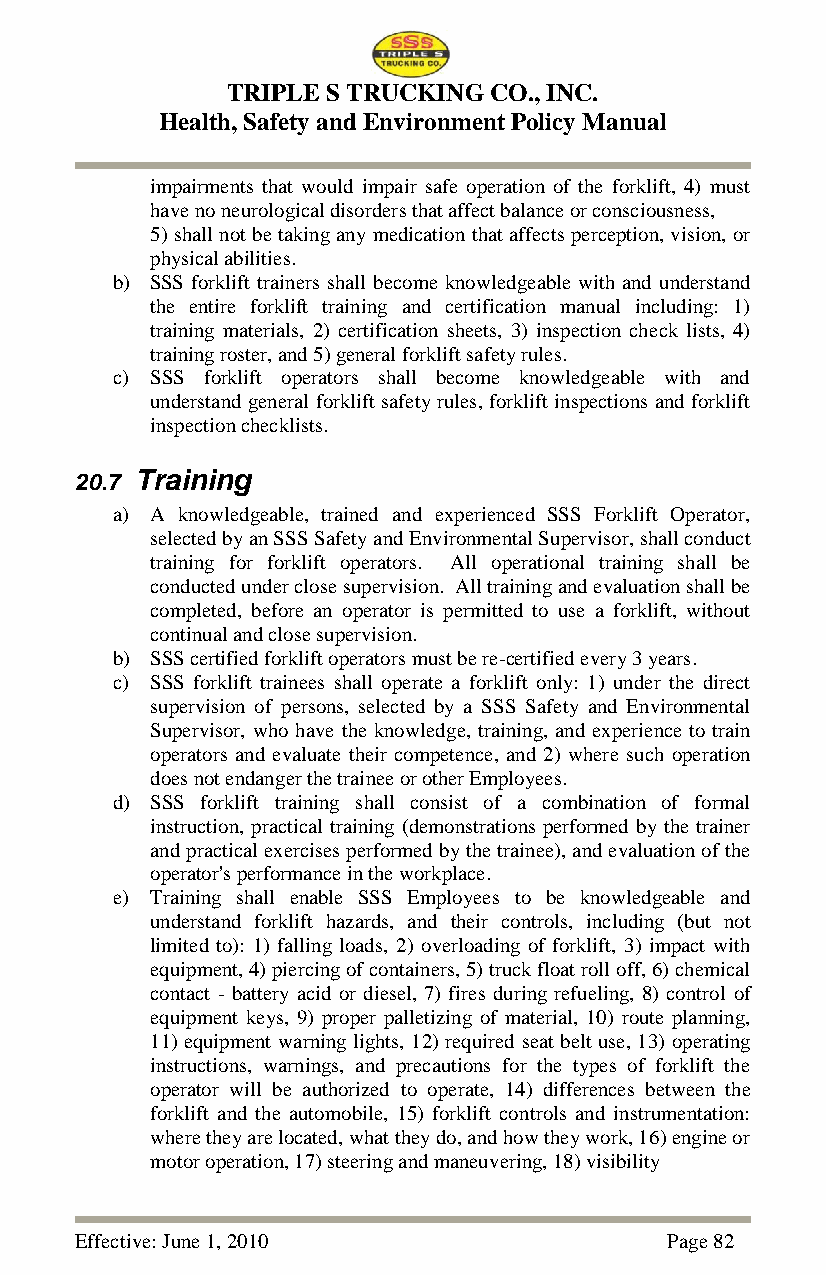
TRIPLE S TRUCKING CO., INC.
 Health, Safety and Environment Policy Manual
 impairments that would impair safe operation of the forklift, 4) must
 have no neurological disorders that affect balance or consciousness,
 5) shall not be taking any medication that affects perception, vision, or
 physical abilities.
 b) SSS forklift trainers shall become knowledgeable with and understand
 the entire forklift training and certification manual including: 1)
 training materials, 2) certification sheets, 3) inspection check lists, 4)
 training roster, and 5) general forklift safety rules.
 c) SSS forklift operators shall become knowledgeable with and
 understand general forklift safety rules, forklift inspections and forklift
 inspection checklists.
 20.7 Training
 a) A knowledgeable, trained and experienced SSS Forklift Operator,
 selected by an SSS Safety and Environmental Supervisor, shall conduct
 training for forklift operators. All operational training shall be
 conducted under close supervision. All training and evaluation shall be
 completed, before an operator is permitted to use a forklift, without
 continual and close supervision.
 b) SSS certified forklift operators must be re-certified every 3 years.
 c) SSS forklift trainees shall operate a forklift only: 1) under the direct
 supervision of persons, selected by a SSS Safety and Environmental
 Supervisor, who have the knowledge, training, and experience to train
 operators and evaluate their competence, and 2) where such operation
 does not endanger the trainee or other Employees.
 d) SSS forklift training shall consist of a combination of formal
 instruction, practical training (demonstrations performed by the trainer
 and practical exercises performed by the trainee), and evaluation of the
 operator's performance in the workplace.
 e) Training shall enable SSS Employees to be knowledgeable and
 understand forklift hazards, and their controls, including (but not
 limited to): 1) falling loads, 2) overloading of forklift, 3) impact with
 equipment, 4) piercing of containers, 5) truck float roll off, 6) chemical
 contact - battery acid or diesel, 7) fires during refueling, 8) control of
 equipment keys, 9) proper palletizing of material, 10) route planning,
 11) equipment warning lights, 12) required seat belt use, 13) operating
 instructions, warnings, and precautions for the types of forklift the
 operator will be authorized to operate, 14) differences between the
 forklift and the automobile, 15) forklift controls and instrumentation:
 where they are located, what they do, and how they work, 16) engine or
 motor operation, 17) steering and maneuvering, 18) visibility
 Effective: June 1, 2010                Page 82